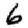
Digit: 6